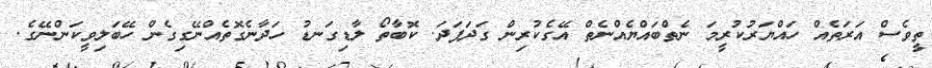
ތީވެސް އަރަތެއް ހައްޔަރުކުރީމަ ނެތްބައްޔެއްނެތް އޭގެކުރިން ގަދަފަދަ. ކޮބާތޯ ލާޑިގަނޑު ހަދާނެގޮތެއްނޭގިގެން ހޭބަލިވީކަންނޭގެ.